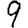
Digit: 9